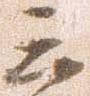
三